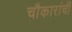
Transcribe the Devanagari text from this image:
चौकारांची